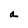
Character: a